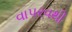
વાપરવથી